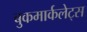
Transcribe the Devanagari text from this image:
बुकमार्कलेट्स